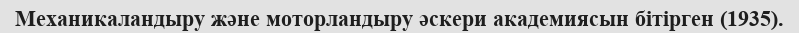
Механикаландыру және моторландыру әскери академиясын бітірген (1935).